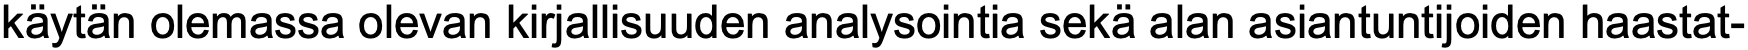
käytän olemassa olevan kirjallisuuden analysointia sekä alan asiantuntijoiden haastat-